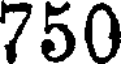
750